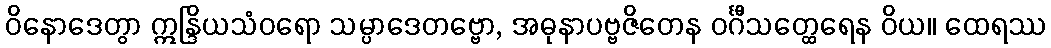
ဝိနောဒေတွာ ဣန္ဒြိယသံဝရော သမ္ပာဒေတဗ္ဗော, အဓုနာပဗ္ဗဇိတေန ဝင်္ဂီသတ္ထေရေန ဝိယ။ ထေရဿ